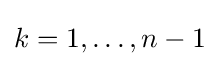
k=1,\ldots ,n-1